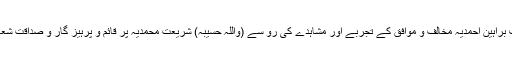
’’مؤلف براہین احمدیہ مخالف و موافق کے تجربے اور مشاہدے کی رو سے (واللّٰہ حسیبہ) شریعت محمدؐیہ پر قائم و پرہیز گار و صداقت شعار ہیں۔